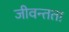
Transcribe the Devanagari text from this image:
जीवन्‍तता